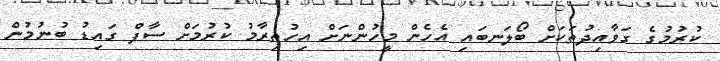
ކުރުމުގެ ގަވާއިދުތަކަށް ބޯލަނބައި އެހެން މީހުންނަށް އިހުތިރާމު ކުރުމަށް ސާފް ގައިޑު ބުނުމުން